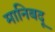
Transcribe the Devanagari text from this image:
मानिबदू